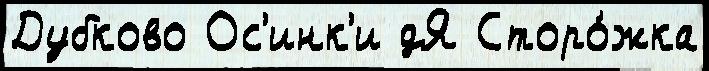
Дубково Ос'инк'и дЯ Сторо́жка